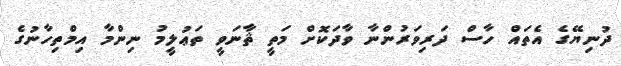
ދުނިޔޭގެ އެތައް ހާސް ދަރިވަރުންނާ ވާދަކޮށް މަތީ ޘާނަވީ ތަޢުލީމު ނިންމާ އިމްތިހާނުގެ